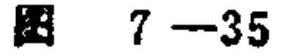
图 7—35